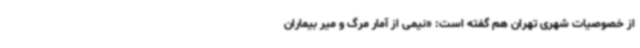
از خصوصیات شهری تهران هم گفته است: «نیمی از آمار مرگ و میر بیماران